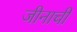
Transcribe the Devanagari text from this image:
जीनाची